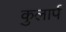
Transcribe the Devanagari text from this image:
कुलार्प